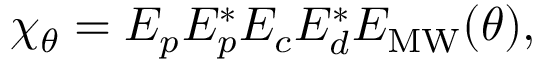
\chi _ { \theta } = E _ { p } E _ { p } ^ { * } E _ { c } E _ { d } ^ { * } E _ { \mathrm { M W } } ( \theta ) ,